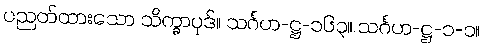
ပညတ်ထားသော သိက္ခာပုဒ်။ သင်္ဂဟ-ဋ္ဌ-၁၆၃။ သင်္ဂဟ-ဋ္ဌ-၁-၁။